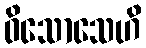
ဝိသောသေဟိ